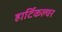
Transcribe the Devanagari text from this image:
हार्टिकल्चर